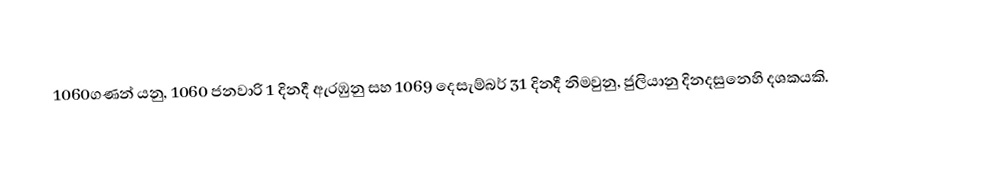
1060ගණන් යනු, 1060 ජනවාරි 1 දිනදී ඇරඹුනු සහ 1069 දෙසැම්බර් 31 දිනදී නිමවුනු, ජුලියානු දිනදසුනෙහි දශකයකි.